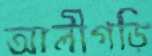
আলীগড়ি